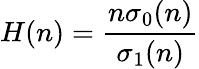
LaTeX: H(n)={\frac{n\sigma_{0}(n)}{\sigma_{1}(n)}}